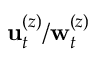
\mathbf { u } _ { t } ^ { ( z ) } / \mathbf { w } _ { t } ^ { ( z ) }